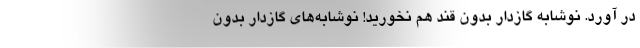
در آورد‌. نوشابه گازدار بدون قند هم نخورید! نوشابه‌های گازدار بدون